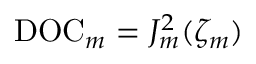
\mathrm { D O C } _ { m } = J _ { m } ^ { 2 } ( \zeta _ { m } )